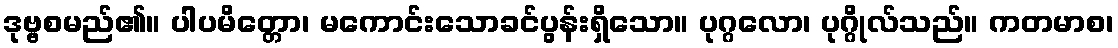
ဒုဗ္ဗစမည်၏။ ပါပမိတ္တော၊ မကောင်းသောခင်ပွန်းရှိသော။ ပုဂ္ဂလော၊ ပုဂ္ဂိုလ်သည်။ ကတမာစ၊